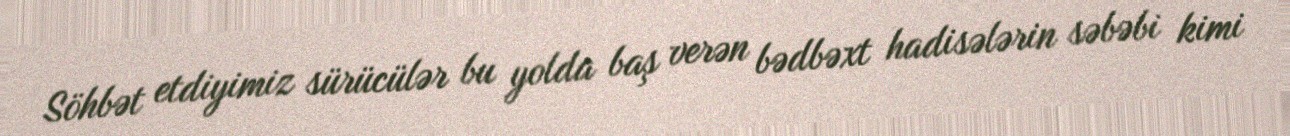
Söhbət etdiyimiz sürücülər bu yolda baş verən bədbəxt hadisələrin səbəbi kimi